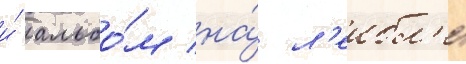
и́ альбо́м на́ л'еибл'е